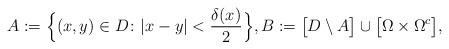
LaTeX: \begin{align*}A := \Big\{ (x,y) \in D \colon |x-y| < \frac{\delta(x)}{2} \Big\},B := \big[ D \setminus A \big] \cup \big[ \Omega \times \Omega^c \big],\end{align*}